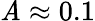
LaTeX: \mathit{A}\approx0.1